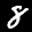
Label: 8